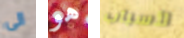
الى هو لأسباب